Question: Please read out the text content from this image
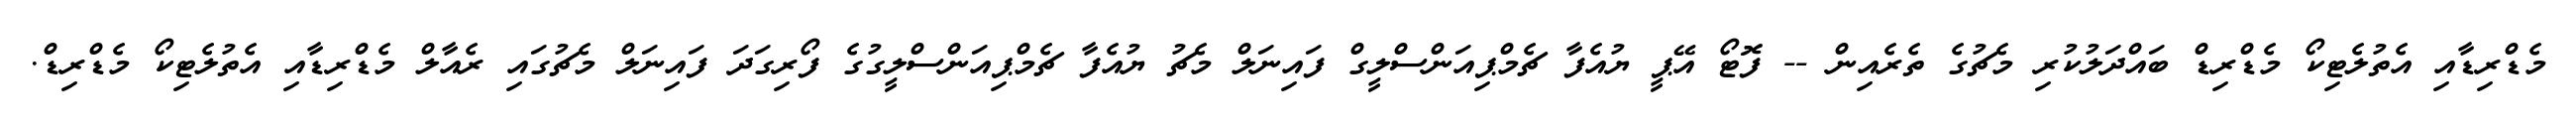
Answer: މެޑްރިޑާއި އެތުލެޓިކޯ މެޑްރިޑް ބައްދަލުކުރި މެޗުގެ ތެރެއިން -- ފޮޓޯ އޭޕީ ޔުއެފާ ޗެމްޕިއަންސްލީގް ފައިނަލް މެޗު ޔުއެފާ ޗެމްޕިއަންސްލީގުގެ ފޯރިގަދަ ފައިނަލް މެޗުގައި ރެއާލް މެޑްރިޑާއި އެތުލެޓިކޯ މެޑްރިޑް.